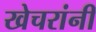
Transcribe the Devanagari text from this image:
खेचरांनी